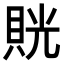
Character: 𧵦